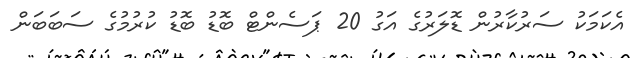
އެކަމަކު ސަރުކާރުން ޑޮލަރުގެ އަގު 20 ޕަސެންޓް ބޮޑު ބޮޑު ކުރުމުގެ ސަބަބަން